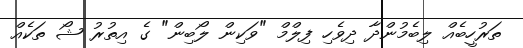
ތަރުހީބެއް ލިބެމުންދާ ދިވެހި ފިލްމް "ވަކިން ލޯބިން" ގެ އިތުރު ޝޯ ތަކެއް